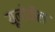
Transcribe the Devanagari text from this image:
यूनोकैल